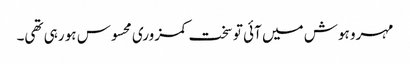
مہرو ہوش میں آئی تو سخت کمزوری محسوس ہو رہی تھی۔